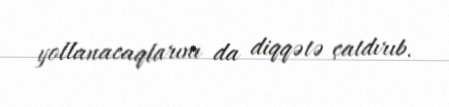
yollanacaqlarını da diqqətə çatdırıb.